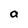
Character: a